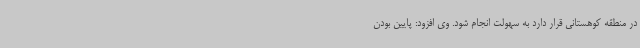
در منطقه کوهستانی قرار دارد به سهولت انجام شود. وی افزود: پایین بودن